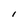
Character: I